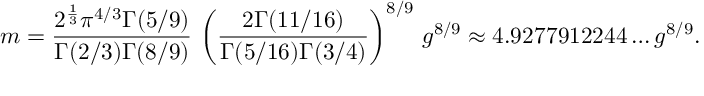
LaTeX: m = { \frac { 2 ^ { \frac { 1 } { 3 } } \pi ^ { 4 / 3 } \Gamma ( 5 / 9 ) } { \Gamma ( 2 / 3 ) \Gamma ( 8 / 9 ) } } \, \left( { \frac { 2 \Gamma ( 1 1 / 1 6 ) } { \Gamma ( 5 / 1 6 ) \Gamma ( 3 / 4 ) } } \right) ^ { 8 / 9 } \, g ^ { 8 / 9 } \approx 4 . 9 2 7 7 9 1 2 2 4 4 \ldots g ^ { 8 / 9 } .